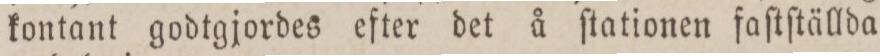
kontant godtgjordes efter det å ſtationen faſtſtällda